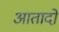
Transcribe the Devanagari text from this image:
आतादों